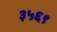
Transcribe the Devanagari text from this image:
३५६९